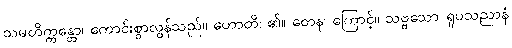
သမတိက္ကန္တော၊ ကောင်းစွာလွန်သည်။ ဟောတိ၊ ၏။ တေန၊ ကြောင့်။ သဗ္ဗသော ရူပသညာနံ